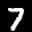
Label: 7